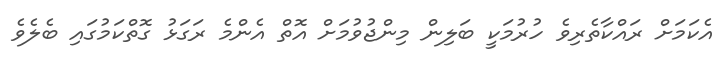
އެކަމަށް ރައްކާތެރިވެ ހުރުމަކީ ބަލިން މިންޖުވުމަށް އޮތް އެންމެ ރަގަޅު ގޮތްކަމުގައި ބެލެވެ